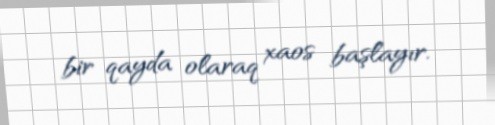
bir qayda olaraq xaos başlayır.